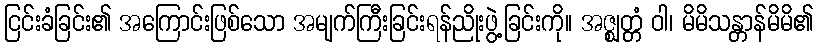
ငြင်းခံခြင်း၏ အကြောင်းဖြစ်သော အမျက်ကြီးခြင်းရန်ညိုးဖွဲ့ခြင်းကို။ အဇ္ဈတ္တံ ဝါ၊ မိမိသန္တာန်မိမိ၏